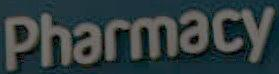
Pharmacy